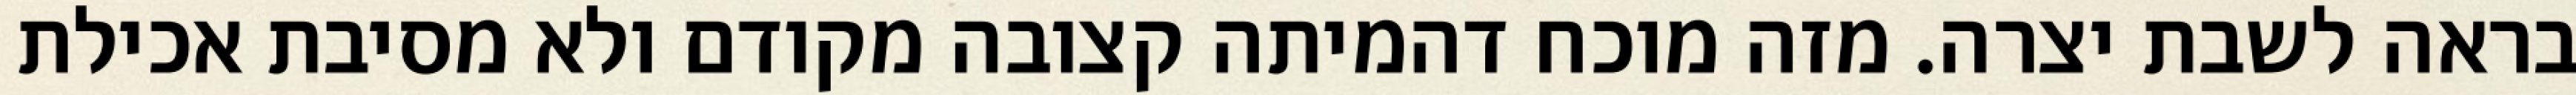
בראה לשבת יצרה. מזה מוכח דהמיתה קצובה מקודם ולא מסיבת אכילת